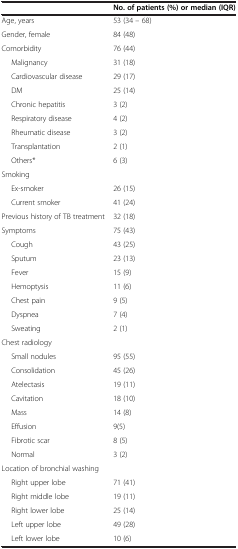
<table><thead><tr><td>[EMPTY_CELL]</td><td><b>No. of patients (%) or median (IQR)</b></td></tr></thead><tbody><tr><td>Age, years</td><td>53 (34 – 68)</td></tr><tr><td>Gender, female</td><td>84 (48)</td></tr><tr><td>Comorbidity</td><td>76 (44)</td></tr><tr><td>Malignancy</td><td>31 (18)</td></tr><tr><td>Cardiovascular disease</td><td>29 (17)</td></tr><tr><td>DM</td><td>25 (14)</td></tr><tr><td>Chronic hepatitis</td><td>3 (2)</td></tr><tr><td>Respiratory disease</td><td>4 (2)</td></tr><tr><td>Rheumatic disease</td><td>3 (2)</td></tr><tr><td>Transplantation</td><td>2 (1)</td></tr><tr><td>Others*</td><td>6 (3)</td></tr><tr><td>Smoking</td><td>[EMPTY_CELL]</td></tr><tr><td>Ex-smoker</td><td>26 (15)</td></tr><tr><td>Current smoker</td><td>41 (24)</td></tr><tr><td>Previous history of TB treatment</td><td>32 (18)</td></tr><tr><td>Symptoms</td><td>75 (43)</td></tr><tr><td>Cough</td><td>43 (25)</td></tr><tr><td>Sputum</td><td>23 (13)</td></tr><tr><td>Fever</td><td>15 (9)</td></tr><tr><td>Hemoptysis</td><td>11 (6)</td></tr><tr><td>Chest pain</td><td>9 (5)</td></tr><tr><td>Dyspnea</td><td>7 (4)</td></tr><tr><td>Sweating</td><td>2 (1)</td></tr><tr><td>Chest radiology</td><td>[EMPTY_CELL]</td></tr><tr><td>Small nodules</td><td>95 (55)</td></tr><tr><td>Consolidation</td><td>45 (26)</td></tr><tr><td>Atelectasis</td><td>19 (11)</td></tr><tr><td>Cavitation</td><td>18 (10)</td></tr><tr><td>Mass</td><td>14 (8)</td></tr><tr><td>Effusion</td><td>9(5)</td></tr><tr><td>Fibrotic scar</td><td>8 (5)</td></tr><tr><td>Normal</td><td>3 (2)</td></tr><tr><td>Location of bronchial washing</td><td>[EMPTY_CELL]</td></tr><tr><td>Right upper lobe</td><td>71 (41)</td></tr><tr><td>Right middle lobe</td><td>19 (11)</td></tr><tr><td>Right lower lobe</td><td>25 (14)</td></tr><tr><td>Left upper lobe</td><td>49 (28)</td></tr><tr><td>Left lower lobe</td><td>10 (6)</td></tr></tbody></table>